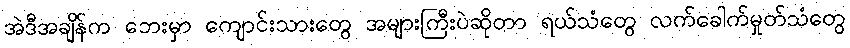
အဲဒီအချိန်က ဘေးမှာ ကျောင်းသားတွေ အများကြီးပဲဆိုတာ ရယ်သံတွေ လက်ခေါက်မှုတ်သံတွေ